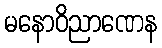
မနောဝိညာဏေန